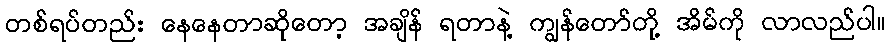
တစ်ရပ်တည်း နေနေတာဆိုတော့ အချိန် ရတာနဲ့ ကျွန်တော်တို့ အိမ်ကို လာလည်ပါ။